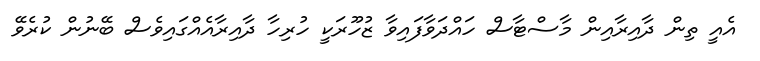
އެއީ ތިން ދާއިރާއިން މާސްޓާސް ހައްދަވާފައިވާ ޒުހޫރަކީ ހުރިހާ ދާއިރާއެއްގައިވެސް ބޭނުން ކުރެވޭ